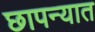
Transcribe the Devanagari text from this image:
छापन्यात